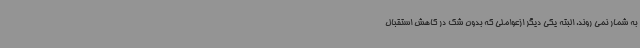
به شمار نمی روند. البته یکی دیگر ازعواملی که بدون شک در کاهش استقبال